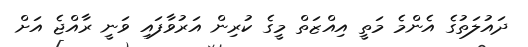
ދައުލަތުގެ އެންމެ މަތީ އިއްޒަތް މީގެ ކުރިން އަރުވާފައި ވަނީ ރާއްޖެ އަށް